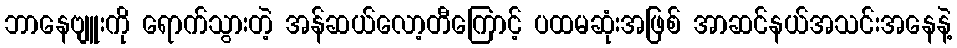
ဘာနေဗျူးကို ရောက်သွားတဲ့ အန်ဆယ်လော့တီကြောင့် ပထမဆုံးအဖြစ် အာဆင်နယ်အသင်းအနေနဲ့